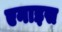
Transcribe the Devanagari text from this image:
एनाइस